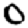
Digit: 0